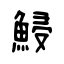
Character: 鮼